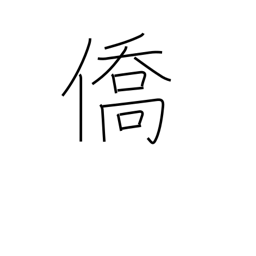
Meaning: expatriate